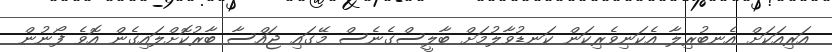
އަރިއަކަށް އެނބުރިލާ އެކަނިވެރިކަން ކަނޑުވާލުމަށް ބާލީސްގެނެސް މޭގައި ޖައްސާ ބާރުކޮށްލައިގެން އޮވެ ފޯނުން